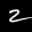
Digit: 2